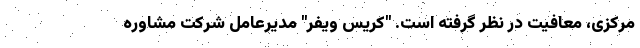
مرکزی، معافیت در نظر گرفته است. "کریس ویفر" مدیرعامل شرکت مشاوره